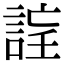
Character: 𧨉